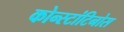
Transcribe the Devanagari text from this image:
कोन्स्टांटिनोस